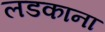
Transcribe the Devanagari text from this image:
लडकाना